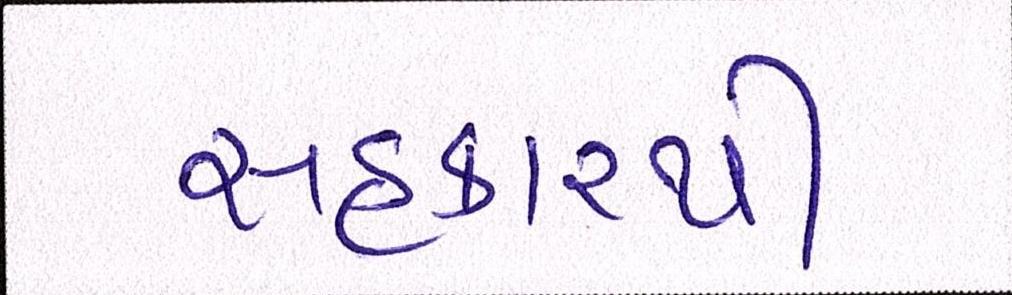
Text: સહકારથી